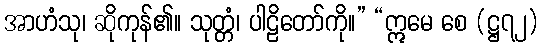
အာဟံသု၊ ဆိုကုန်၏။ သုတ္တံ၊ ပါဠိတော်ကို။” “ဣမေ စေ (ဋ္ဌ၇၂)